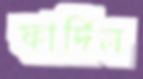
ফার্দিন